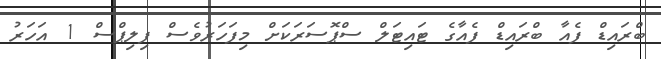
ބްރައިޑް ފެއާ ބްރައިޑް ފެއާގެ ޓައިޓަލް ސްޕޮސަރަކަށް މިފަހަރުވެސް ފިލިޕްސް 1 އަހަރު